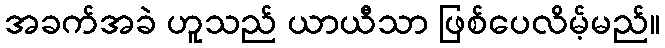
အခက်အခဲ ဟူသည် ယာယီသာ ဖြစ်ပေလိမ့်မည်။